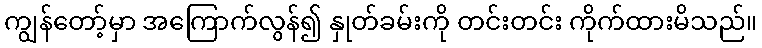
ကျွန်တော့်မှာ အကြောက်လွန်၍ နှုတ်ခမ်းကို တင်းတင်း ကိုက်ထားမိသည်။